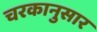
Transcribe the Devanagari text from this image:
चरकानुसार